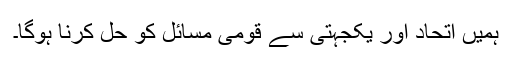
ہمیں اتحاد اور یکجہتی سے قومی مسائل کو حل کرنا ہوگا۔